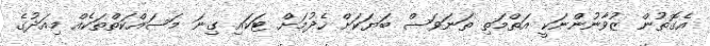
އެގޮތުން ޒުވާނުންނަކީ އަތްމަތި ތަނަވަސް ބަޔަކަށް ހެދުމަށް ޓަކައި ގިނަ މަސައްކަތްތަކެއް މިއަދުގެ